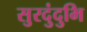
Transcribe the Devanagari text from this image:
सुरदुंदुभि